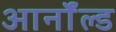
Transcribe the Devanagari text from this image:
आर्नाॅल्ड